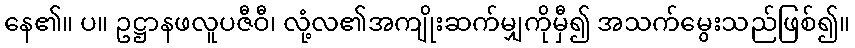
နေ၏။ ပ။ ဥဋ္ဌာနဖလူပဇီဝီ၊ လုံ့လ၏အကျိုးဆက်မျှကိုမှီ၍ အသက်မွေးသည်ဖြစ်၍။